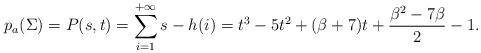
LaTeX: \begin{align*}p_a(\Sigma)=P(s,t)=\sum_{i=1}^{+\infty}s-h(i)=t^3-5t^2+(\beta+7)t+\frac{\beta^2-7\beta}{2}-1.\end{align*}